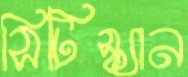
সিটিস্ক্যান